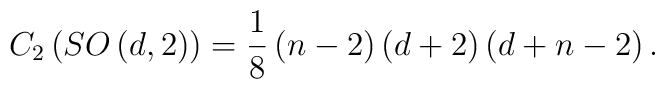
C_{2}\left( SO\left( d,2\right) \right) =\frac{1}{8}\left( n-2\right) \left(d+2\right) \left( d+n-2\right) .